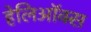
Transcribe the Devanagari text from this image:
हेलिऑक्स